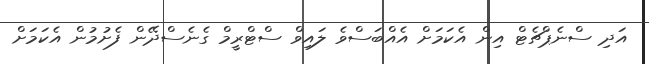
އަދި ސްނެޕްޗެޓް އިން އެކަމަށް އެއްބަސްވެ ލައިވް ސްޓްރީމް ގެނެސްދޭން ފެށުމުން އެކަމަށް